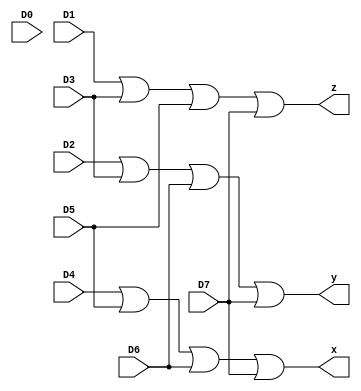
module Encoder_8X3(input D0,D1,D2,D3,D4,D5,D6,D7, output x,y,z);

/////code

assign x = (D4|D5|D6|D7);

assign y = (D2|D3|D6|D7);

assign z = (D1|D3|D5|D7);

//assign x = D7 + D6 + D5 + D4;
//assign y = D7 + D6 + D5 + D3;
//assign z = D7 + D6 + D2 + D1;


endmodule